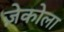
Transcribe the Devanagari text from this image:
ज़ेकोला